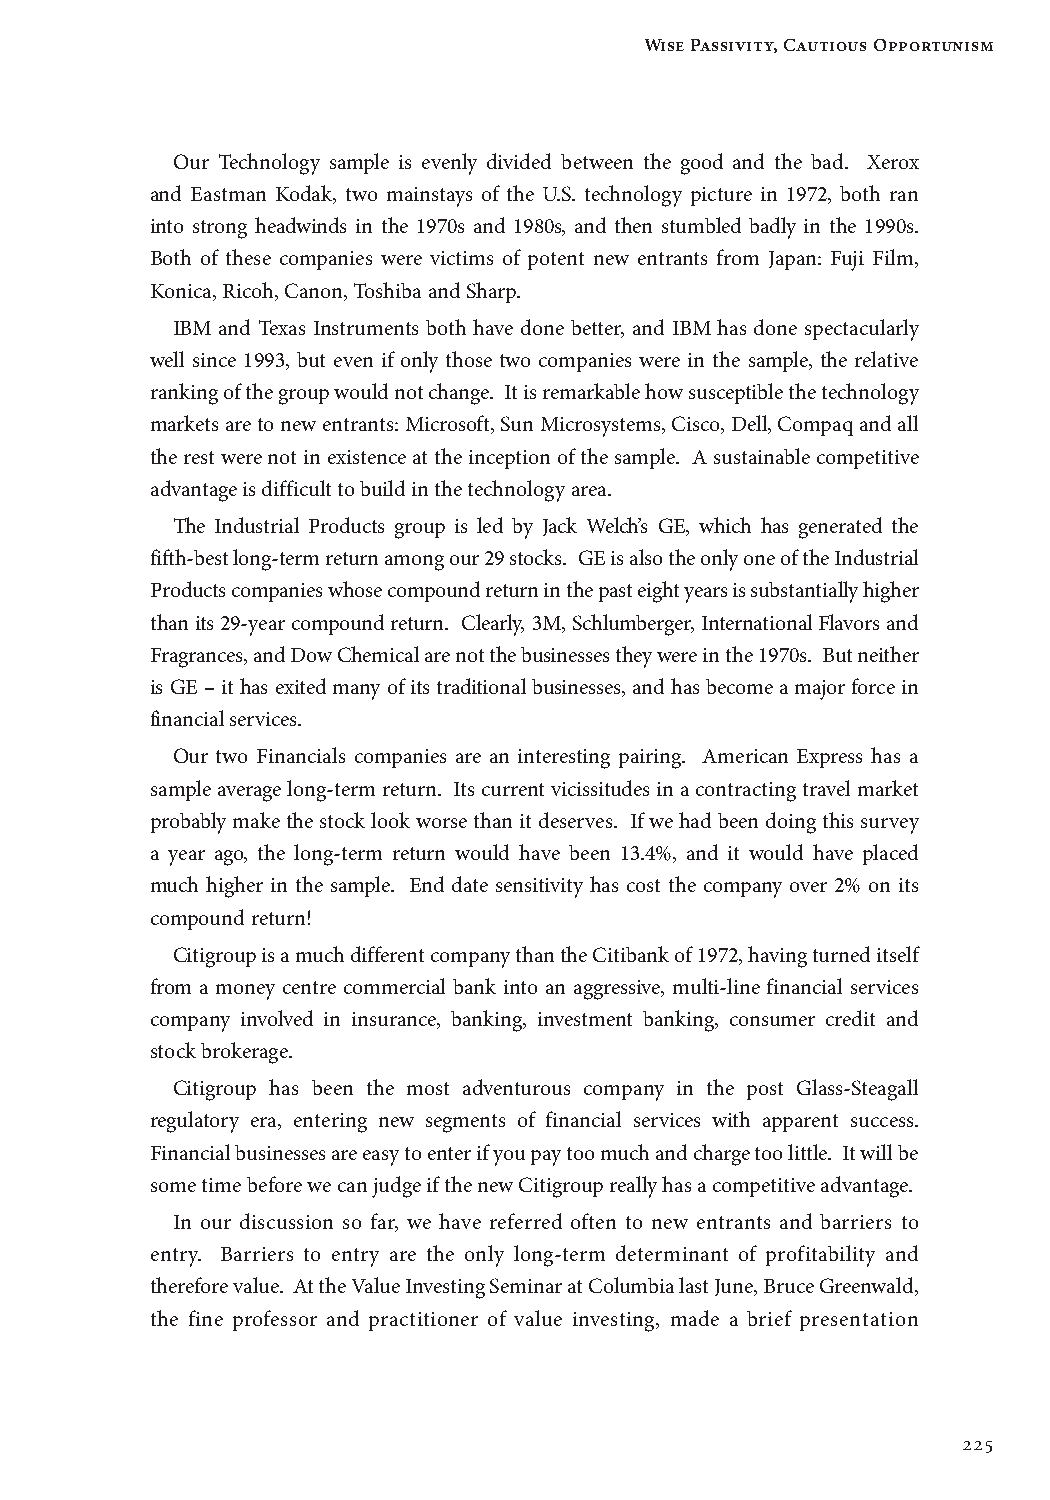
Wise Passivity, Cautious Opportunism
 Our Technology sample is evenly divided between the good and the bad. Xerox
 and Eastman Kodak, two mainstays of the U.S. technology picture in 1972, both ran
 into strong headwinds in the 1970s and 1980s, and then stumbled badly in the 1990s.
 Both of these companies were victims of potent new entrants from Japan: Fuji Film,
 Konica, Ricoh, Canon, Toshiba and Sharp.
 IBM and Texas Instruments both have done better, and IBM has done spectacularly
 well since 1993, but even if only those two companies were in the sample, the relative
 ranking of the group would not change. It is remarkable how susceptible the technology
 markets are to new entrants: Microsoft, Sun Microsystems, Cisco, Dell, Compaq and all
 the rest were not in existence at the inception of the sample. A sustainable competitive
 advantage is difficult to build in the technology area.
 The Industrial Products group is led by Jack Welch’s GE, which has generated the
 fifth-best long-term return among our 29 stocks. GE is also the only one of the Industrial
 Products companies whose compound return in the past eight years is substantially higher
 than its 29-year compound return. Clearly, 3M, Schlumberger, International Flavors and
 Fragrances, and Dow Chemical are not the businesses they were in the 1970s. But neither
 is GE – it has exited many of its traditional businesses, and has become a major force in
 financial services.
 Our two Financials companies are an interesting pairing. American Express has a
 sample average long-term return. Its current vicissitudes in a contracting travel market
 probably make the stock look worse than it deserves. If we had been doing this survey
 a year ago, the long-term return would have been 13.4%, and it would have placed
 much higher in the sample. End date sensitivity has cost the company over 2% on its
 compound return!
 Citigroup is a much different company than the Citibank of 1972, having turned itself
 from a money centre commercial bank into an aggressive, multi-line financial services
 company involved in insurance, banking, investment banking, consumer credit and
 stock brokerage.
 Citigroup has been the most adventurous company in the post Glass-Steagall
 regulatory era, entering new segments of financial services with apparent success.
 Financial businesses are easy to enter if you pay too much and charge too little. It will be
 some time before we can judge if the new Citigroup really has a competitive advantage.
 In our discussion so far, we have referred often to new entrants and barriers to
 entry. Barriers to entry are the only long-term determinant of profitability and
 therefore value. At the Value Investing Seminar at Columbia last June, Bruce Greenwald,
 the fine professor and practitioner of value investing, made a brief presentation
 225